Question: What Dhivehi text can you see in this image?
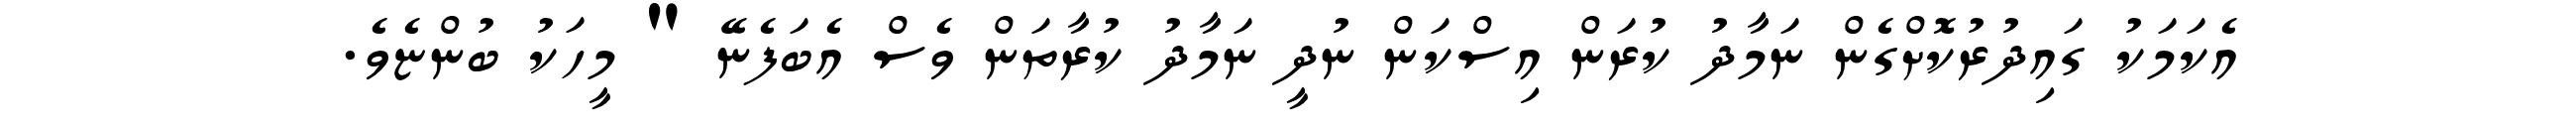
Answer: އެކަމަކު ގައިދުރުކޮށްގެން ނަމާދު ކުރަން އިސްކަން ނުދީ ނަމާދު ކުރާތަން ވެސް އެބަފެނޭ " މީހަކު ބުންޏެވެ.